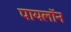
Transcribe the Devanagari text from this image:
पायलॉन